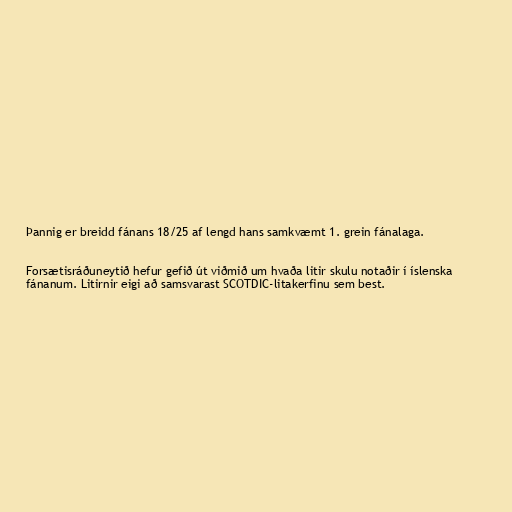
Þannig er breidd fánans 18/25 af lengd hans samkvæmt 1. grein fánalaga.

Forsætisráðuneytið hefur gefið út viðmið um hvaða litir skulu notaðir í íslenska
fánanum. Litirnir eigi að samsvarast SCOTDIC-litakerfinu sem best.